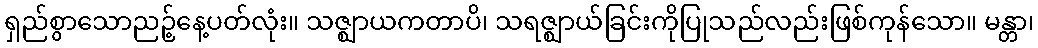
ရှည်စွာသောညဉ့်နေ့ပတ်လုံး။ သဇ္ဈာယကတာပိ၊ သရဇ္ဈာယ်ခြင်းကိုပြုသည်လည်းဖြစ်ကုန်သော။ မန္တာ၊